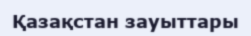
Қазақстан зауыттары